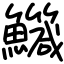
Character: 鱵